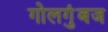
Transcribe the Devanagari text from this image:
गोलगुंबज